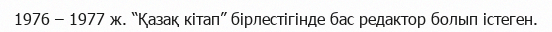
1976 – 1977 ж. “Қазақ кітап” бірлестігінде бас редактор болып істеген.